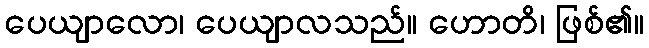
ပေယျာလော၊ ပေယျာလသည်။ ဟောတိ၊ ဖြစ်၏။